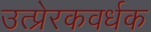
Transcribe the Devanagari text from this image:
उत्प्रेरकवर्धक